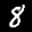
Label: 8